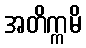
အတိက္ကမိ